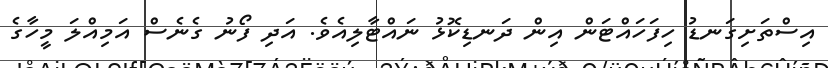
އިސްތަށިގަނޑު ހިފަހައްޓަން އިން ދަނޑިކޮޅު ނައްޓާލިއެވެ. އަދި ފޯނު ގެނެސް އަމިއްލަ މީހާގެ